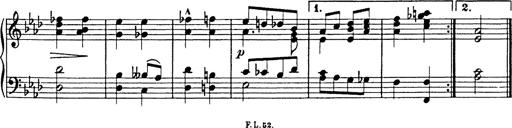
Title: 8 Variations
Composer: Franz Liszt
Key: A-flat major